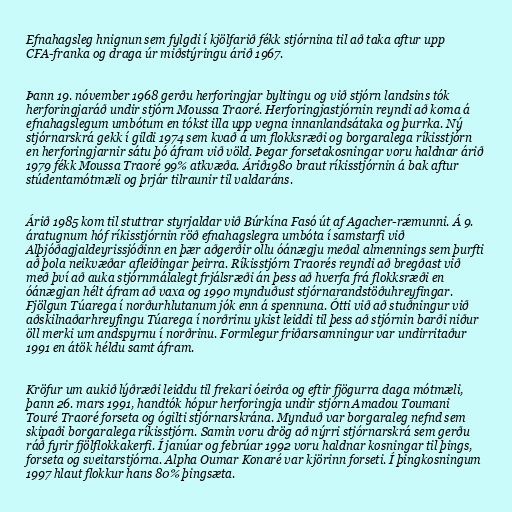
Efnahagsleg hnignun sem fylgdi í kjölfarið fékk stjórnina til að taka aftur upp
CFA-franka og draga úr miðstýringu árið 1967.

Þann 19. nóvember 1968 gerðu herforingjar byltingu og við stjórn landsins tók
herforingjaráð undir stjórn Moussa Traoré. Herforingjastjórnin reyndi að koma á
efnahagslegum umbótum en tókst illa upp vegna innanlandsátaka og þurrka. Ný
stjórnarskrá gekk í gildi 1974 sem kvað á um flokksræði og borgaralega ríkisstjórn
en herforingjarnir sátu þó áfram við völd. Þegar forsetakosningar voru haldnar árið
1979 fékk Moussa Traoré 99% atkvæða. Árið1980 braut ríkisstjórnin á bak aftur
stúdentamótmæli og þrjár tilraunir til valdaráns.

Árið 1985 kom til stuttrar styrjaldar við Búrkína Fasó út af Agacher-ræmunni. Á 9.
áratugnum hóf ríkisstjórnin röð efnahagslegra umbóta í samstarfi við
Alþjóðagjaldeyrissjóðinn en þær aðgerðir ollu óánægju meðal almennings sem þurfti
að þola neikvæðar afleiðingar þeirra. Ríkisstjórn Traorés reyndi að bregðast við
með því að auka stjórnmálalegt frjálsræði án þess að hverfa frá flokksræði en
óánægjan hélt áfram að vaxa og 1990 mynduðust stjórnarandstöðuhreyfingar.
Fjölgun Túarega í norðurhlutanum jók enn á spennuna. Ótti við að stuðningur við
aðskilnaðarhreyfingu Túarega í norðrinu ykist leiddi til þess að stjórnin barði niður
öll merki um andspyrnu í norðrinu. Formlegur friðarsamningur var undirritaður
1991 en átök héldu samt áfram.

Kröfur um aukið lýðræði leiddu til frekari óeirða og eftir fjögurra daga mótmæli,
þann 26. mars 1991, handtók hópur herforingja undir stjórn Amadou Toumani
Touré Traoré forseta og ógilti stjórnarskrána. Mynduð var borgaraleg nefnd sem
skipaði borgaralega ríkisstjórn. Samin voru drög að nýrri stjórnarskrá sem gerðu
ráð fyrir fjölflokkakerfi. Í janúar og febrúar 1992 voru haldnar kosningar til þings,
forseta og sveitarstjórna. Alpha Oumar Konaré var kjörinn forseti. Í þingkosningum
1997 hlaut flokkur hans 80% þingsæta.